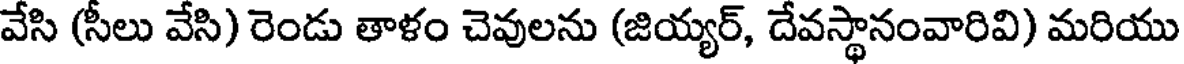
వేసి (సీలు వేసి) రెండు తాళం చెవులను (జియ్యర్, దేవస్థానంవారివి) మరియు